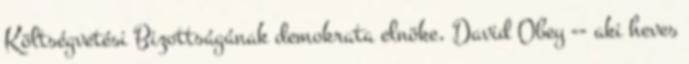
Költségvetési Bizottságának demokrata elnöke, David Obey -- aki heves